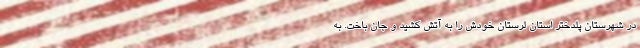
در شهرستان پلدختر استان لرستان خودش را به آتش کشید و جان باخت. به